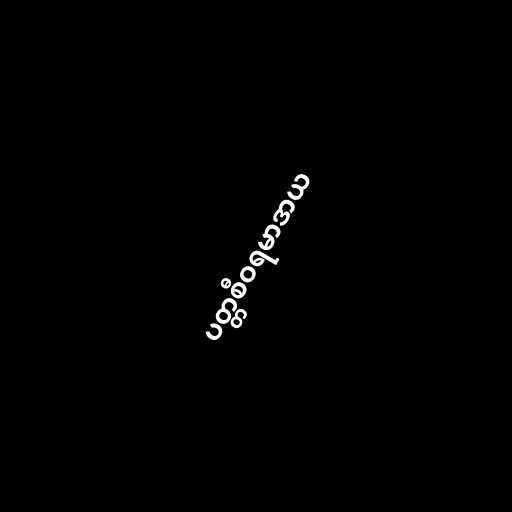
ပတ္တစီဝရမာဒာယ